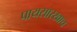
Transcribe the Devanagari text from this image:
पायसारखाच